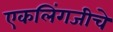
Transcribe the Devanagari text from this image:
एकलिंगजीचे